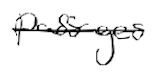
Text: passages
Cross-out: single-line
Writing tool: digital_black